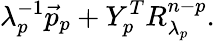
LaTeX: \lambda_{p}^{-1}\vec{p}_{p}+Y_{p}^{T}R_{\lambda_{p}}^{n-p}.